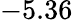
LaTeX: -5.36